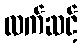
လက်ဆင့်